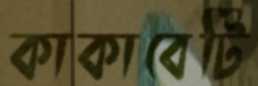
কাকাবেটি